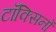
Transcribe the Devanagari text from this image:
टॉक्सिनों